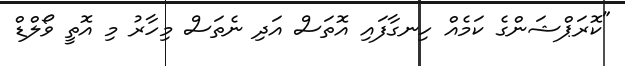
"ކޮރަޕްޝަންގެ ކަމެއް ހިނގާފައި އޮތަސް އަަދި ނެތަސް މިހާރު މި އޮތީ ވޯލްޑް